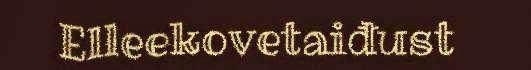
Elleekovetaiđust